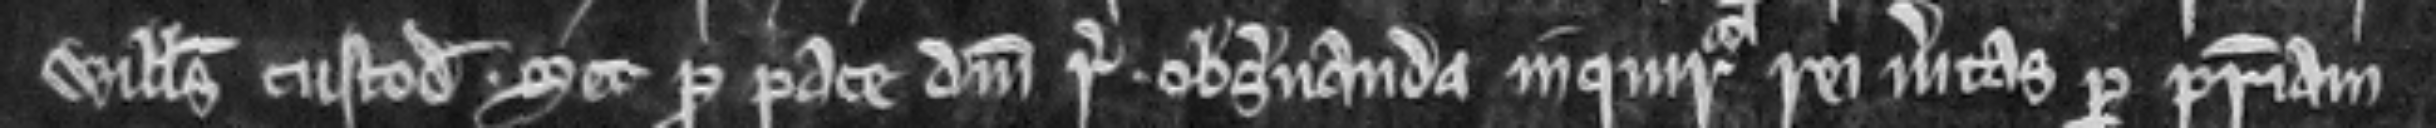
Willemus custodiatur. set pro pace domini regis observanda inquiratur rei veritas per patriam